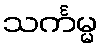
သင်္ကမ္မ